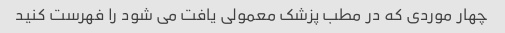
چهار موردی که در مطب پزشک معمولی یافت می شود را فهرست کنید